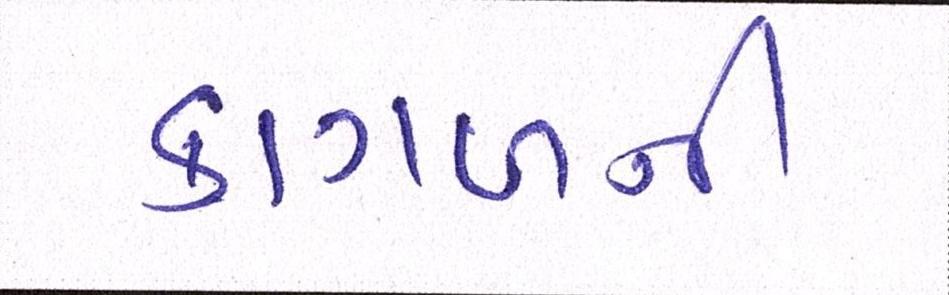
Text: કાગળની